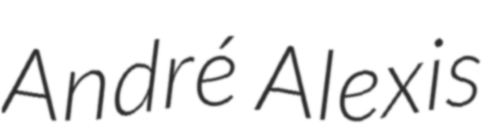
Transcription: André Alexis